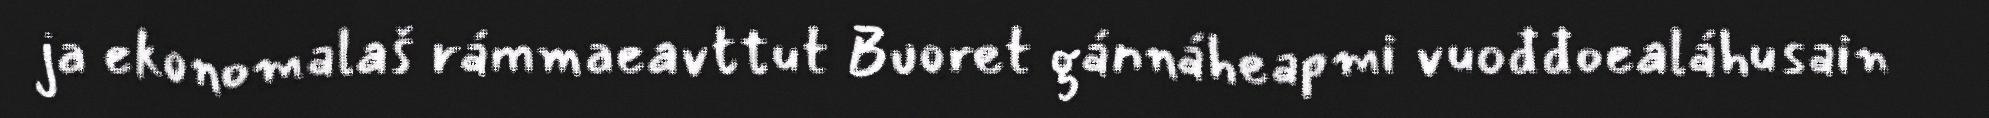
ja ekonomalaš rámmaeavttut Buoret gánnáheapmi vuođđoealáhusain